Civil Veterinary Dept. Bombay admin report 1923-31 - 1923-1931
Year: 1923
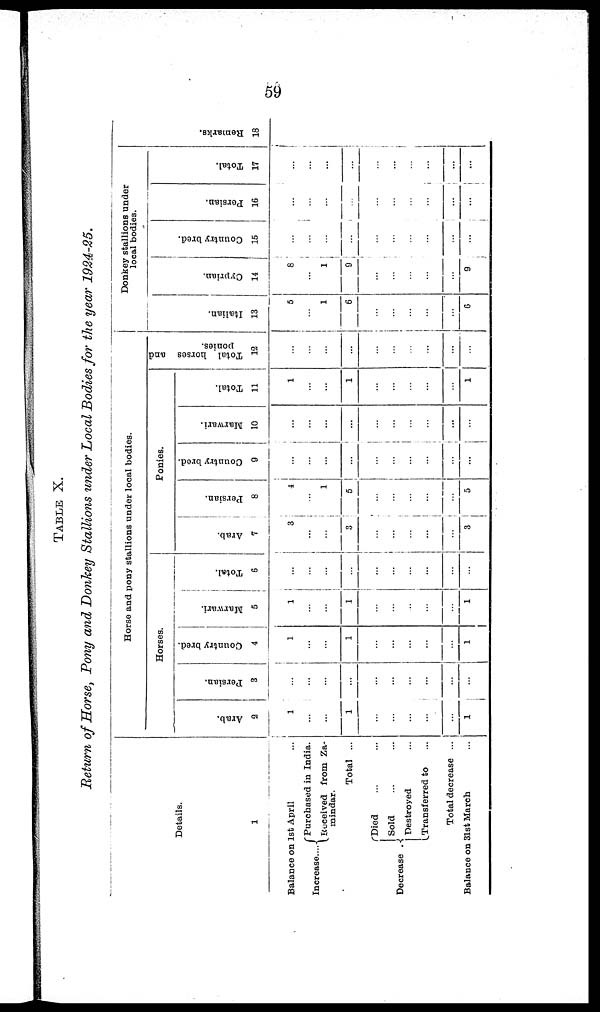
59
TABLE
X.
Return
of Horse,
Pony
and Donkey
Stallions
under
Local
Bodies
for the year
1924-25.
Details.
1
Balance on 1st April ...
Purchased in India.
Increase....
Received from Za-
mindar.
Total ...
Died ... ...
Sold ... ...
Decrease
Destroyed ...
Transferred to ...
Total decrease ...
Balance on 31st March ...
Horse and pony stallions under local bodies.
Horses.
Arab.
2
1
...
...
1
...
...
...
...
...
1
Per s i
an.
3
...
...
...
...
...
...
...
...
...
...
Count r
y br ed.
4
1
...
...
1
...
...
...
...
...
1
Ma r
wa r
i
.
5
1
...
...
1
...
...
..
...
...
1
Tot al .
6
...
...
...
...
...
...
...
...
...
...
Ponies.
Arab.
7
3
...
...
3
...
...
...
...
...
3
Persian.
8
4
...
1
5
...
...
...
...
...
5
Country bred.
9
...
...
...
...
...
...
...
...
...
...
Ma r
wa r
i
.
10
...
...
...
...
...
...
...
...
...
...
Tot al .
11
1
...
...
1
...
...
...
...
...
1
Donkey stallions under
local bodies.
Tot al hor ses and
ponies.
12
...
...
...
...
...
...
...
...
...
...
Italian.
13
5
...
1
6
...
...
...
...
...
6
Cyprian.
14
8
...
1
9
...
...
...
...
...
9
Country bred.
15
...
...
...
...
...
...
...
...
...
...
Persian.
16
...
...
...
.
...
...
...
...
...
...
Total.
17
...
...
...
...
...
...
...
...
...
...
Re ma r
ks .
18